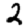
Digit: 2